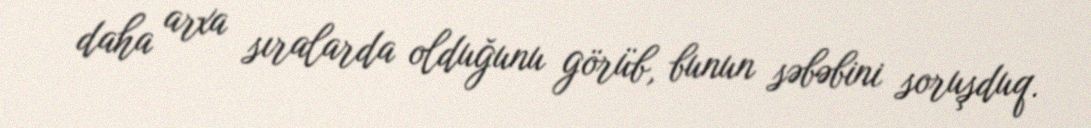
daha arxa sıralarda olduğunu görüb, bunun səbəbini soruşduq.